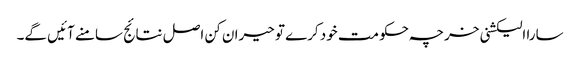
سارا الیکشنی خرچہ حکومت خود کرے تو حیران کن اصل نتائج سامنے آئیں گے۔